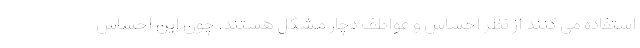
استفاده می کنند از نظر احساس و عواطف دچار مشکل هستند. چون این احساس